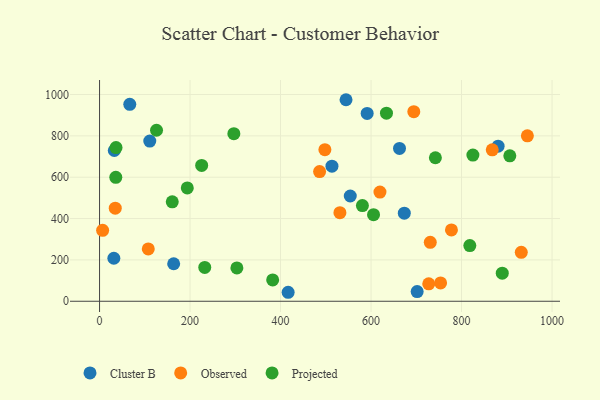
{"axis": {"x": "Ad Spend", "y": "Salary"}, "legend": ["Cluster B", "Observed", "Projected"], "data": [{"x": "31.6", "y": 207.9, "type": "Cluster B"}, {"x": "416.8", "y": 43.4, "type": "Cluster B"}, {"x": "662.9", "y": 739.1, "type": "Cluster B"}, {"x": "66.8", "y": 952.6, "type": "Cluster B"}, {"x": "111.0", "y": 774.8, "type": "Cluster B"}, {"x": "591.4", "y": 908.3, "type": "Cluster B"}, {"x": "701.9", "y": 46.9, "type": "Cluster B"}, {"x": "32.6", "y": 729.2, "type": "Cluster B"}, {"x": "163.8", "y": 181.4, "type": "Cluster B"}, {"x": "513.6", "y": 653.3, "type": "Cluster B"}, {"x": "673.5", "y": 426.2, "type": "Cluster B"}, {"x": "880.8", "y": 750.0, "type": "Cluster B"}, {"x": "544.7", "y": 974.8, "type": "Cluster B"}, {"x": "554.1", "y": 509.0, "type": "Cluster B"}, {"x": "932.0", "y": 236.8, "type": "Observed"}, {"x": "867.9", "y": 732.4, "type": "Observed"}, {"x": "945.5", "y": 800.3, "type": "Observed"}, {"x": "486.3", "y": 627.3, "type": "Observed"}, {"x": "753.7", "y": 88.6, "type": "Observed"}, {"x": "34.7", "y": 450.4, "type": "Observed"}, {"x": "730.9", "y": 284.8, "type": "Observed"}, {"x": "619.7", "y": 528.2, "type": "Observed"}, {"x": "694.5", "y": 917.1, "type": "Observed"}, {"x": "107.7", "y": 252.9, "type": "Observed"}, {"x": "531.2", "y": 428.5, "type": "Observed"}, {"x": "727.5", "y": 84.1, "type": "Observed"}, {"x": "6.8", "y": 343.2, "type": "Observed"}, {"x": "777.7", "y": 345.2, "type": "Observed"}, {"x": "498.0", "y": 733.3, "type": "Observed"}, {"x": "125.9", "y": 827.1, "type": "Projected"}, {"x": "634.1", "y": 909.9, "type": "Projected"}, {"x": "382.6", "y": 103.1, "type": "Projected"}, {"x": "890.0", "y": 136.0, "type": "Projected"}, {"x": "580.9", "y": 462.7, "type": "Projected"}, {"x": "818.3", "y": 269.5, "type": "Projected"}, {"x": "232.5", "y": 163.7, "type": "Projected"}, {"x": "160.7", "y": 480.9, "type": "Projected"}, {"x": "296.8", "y": 810.6, "type": "Projected"}, {"x": "225.7", "y": 657.2, "type": "Projected"}, {"x": "193.9", "y": 548.1, "type": "Projected"}, {"x": "605.5", "y": 418.9, "type": "Projected"}, {"x": "303.5", "y": 161.4, "type": "Projected"}, {"x": "742.2", "y": 694.2, "type": "Projected"}, {"x": "825.1", "y": 707.1, "type": "Projected"}, {"x": "906.7", "y": 703.3, "type": "Projected"}, {"x": "36.4", "y": 743.3, "type": "Projected"}, {"x": "35.9", "y": 599.4, "type": "Projected"}]}